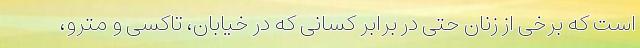
است که برخی از زنان حتی در برابر کسانی که در خیابان، تاکسی و مترو،